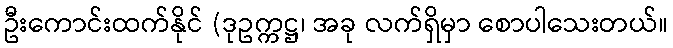
ဦးကောင်းထက်နိုင် (ဒုဥက္ကဋ္ဌ၊ အခု လက်ရှိမှာ စောပါသေးတယ်။